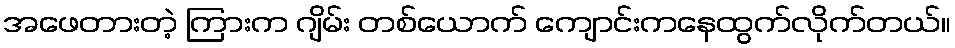
အဖေတားတဲ့ ကြားက ဂျိမ်း တစ်ယောက် ကျောင်းကနေထွက်လိုက်တယ်။